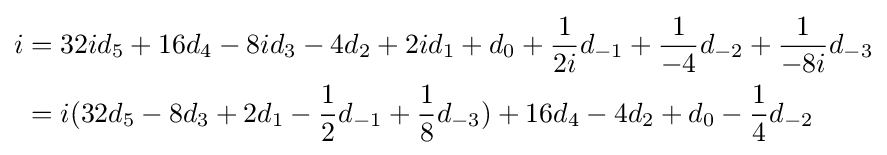
{\begin{aligned}i&=32id_{5}+16d_{4}-8id_{3}-4d_{2}+2id_{1}+d_{0}+{\frac {1}{2i}}d_{-1}+{\frac {1}{-4}}d_{-2}+{\frac {1}{-8i}}d_{-3}\\&=i(32d_{5}-8d_{3}+2d_{1}-{\frac {1}{2}}d_{-1}+{\frac {1}{8}}d_{-3})+16d_{4}-4d_{2}+d_{0}-{\frac {1}{4}}d_{-2}\\\end{aligned}}